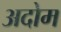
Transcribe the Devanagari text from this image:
अदोम